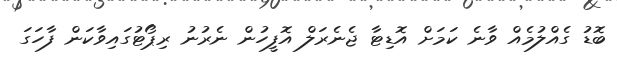
ބޮޑު ގެއްލުމެއް ވާނެ ކަމަށް އޮޑިޓާ ޖެނެރަލް އޮފީހުން ނެރުނު ރިޕޯޓުގައިވާކަން ފާހަގަ